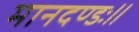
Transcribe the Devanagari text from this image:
मानदण्डः॥